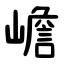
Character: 嶦